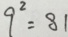
9 ^ { 2 } = 8 1